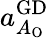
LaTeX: a_{A_{\mathrm{O}}}^{\mathrm{GD}}